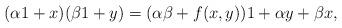
LaTeX: \begin{align*} (\alpha1+x)(\beta1+y) = (\alpha\beta + f(x,y))1 + \alpha y + \beta x,\end{align*}